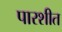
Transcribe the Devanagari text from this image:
पारशीत